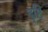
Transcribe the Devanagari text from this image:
दॄ्ष्टि